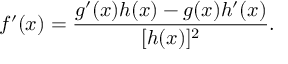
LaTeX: f ^ { \prime } ( x ) = { \frac { g ^ { \prime } ( x ) h ( x ) - g ( x ) h ^ { \prime } ( x ) } { [ h ( x ) ] ^ { 2 } } } .